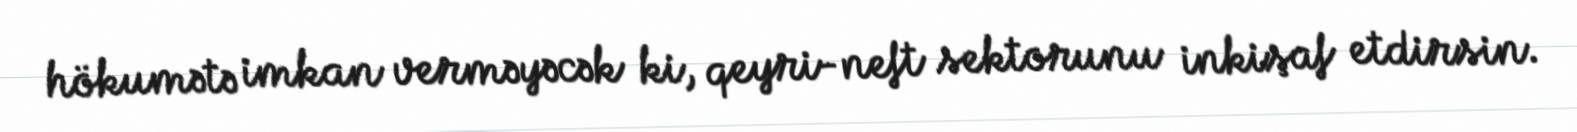
hökumətə imkan verməyəcək ki, qeyri-neft sektorunu inkişaf etdirsin.